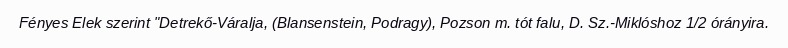
Fényes Elek szerint "Detrekő-Váralja, (Blansenstein, Podragy), Pozson m. tót falu, D. Sz.-Miklóshoz 1/2 órányira.